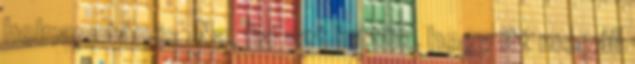
holnapután is. Na, ha azt hittük, hogy itt megáll